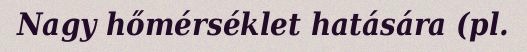
Nagy hőmérséklet hatására (pl.